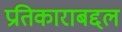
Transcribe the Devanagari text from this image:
प्रतिकाराबद्दल